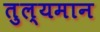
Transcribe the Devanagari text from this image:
तुल्यमान